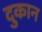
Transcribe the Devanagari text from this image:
दुकान